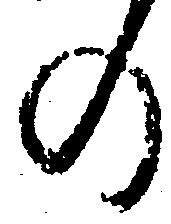
の